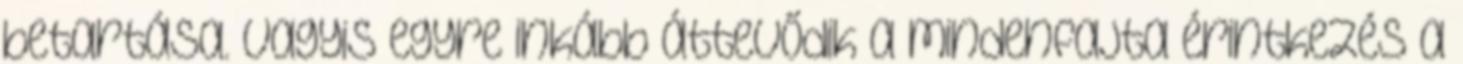
betartása. Vagyis egyre inkább áttevődik a mindenfajta érintkezés a